Lunatic asylums United Provinces 1899-1908 - 1899-1908
Year: 1899
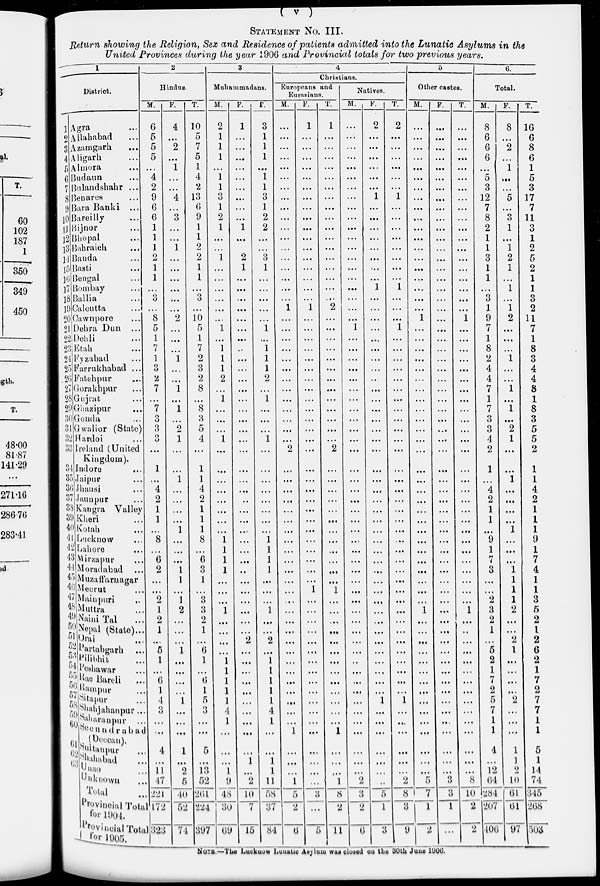
( v )
STATEMENT NO. III.
Return showing the Religion, Sex and Residence of patients admitted into the Lunatic Asylums in the
United Provinces during the year 1906 and Provincial totals for two previous years.
1
District.
1
2
3
4
5
6
7
8
9
10
11
12
13
14
15
16
17
18
19
20
21
22
23
24
25
26
27
28
29
30
31
32
33
34
35
36
37
38
39
40
41
42
43
44
45
46
47
48
49
50
51
52
53
54
55
56
57
58
59 60
61
62
63
Agra ...
Allahabad ...
Azamgarh
...
Aligarh ...
Almora ...
Budaun ...
Bulandshahr ...
Benares ...
Bara Banki ...
Bareilly ...
Bijnor ...
Bhopal ...
Bahraich ...
Banda ...
Basti ...
Bengal ...
Bombay
...
Ballia ...
Calcutta
...
Cawnpore ...
Dehra Dun ...
Dehli ...
Etah ...
Fyzabad ...
Farrukhabad ...
Fatehpur ...
Gorakhpur ...
Gujrat ...
Ghazipur ...
Gonda ...
Gwalior (State)
Hardoi ...
Ireland (United
Kingdom).
Indore ...
Jaipur ...
Jhansi ...
Jaunpur ...
Kangra Valley
Kheri ...
Kotah ...
Lucknow ...
Lahore ...
Mirzapur ...
Moradabad
...
Muzaffarnagar
Meerut ...
Mainpuri ...
Muttra ...
Naini Tal ...
Nepal (State) ...
Orai ...
Partabgarh
...
Pilibhit ...
Peshawar ...
Rae Bareli ...
Rampur ...
Sitapur ...
Shahjahanpur
...
Saharanpur
...
Secundrabad
(Deccan).
Sultanpur ...
Shahabad ...
Unao ...
Unknown ...
Total ...
Provincial Total
for 1904.
Provincial Total
for 1905.
2
Hindus.
M.
6
5
5
5
...
4
2
9
6
6
1
1
1
2
1
1
...
3
...
8
5
1
7
1
3
2
7
...
7
3
3
3
...
1
...
4
2
1
1
...
8
...
6
2
...
...
2
1
2
1
...
5
1
...
6
1
4
3
...
...
4
...
11
47
221
172
323
F.
4
...
2
...
1
...
...
4
...
3
...
...
1
...
...
...
...
...
...
2
...
...
...
1
...
...
1
...
1
...
2
1
...
...
1
...
...
...
...
1
...
...
...
1
1
...
1
2
...
...
...
1
...
...
...
...
1
...
...
...
1
...
2
5
40
52
74
T.
10
5
7
5
1
4
2
13
6
9
1
1
2
2
1
1
...
3
...
10
5
1
7
2
3
2
8
...
8
3
5
4
...
1
1
4
2
1
1
1
8
...
6
3
1
...
3
3
2
1
...
6
1
...
6
1
5
3
...
...
5
...
13
52
261
224
397
3
Muhammadans.
M.
2
1
1
1
...
1
1
3
1
2
1
...
...
1
...
...
...
...
...
...
1
...
1
1
1
2
...
1
...
...
...
1
...
...
...
...
...
...
...
...
1
1
1
1
...
...
...
1
...
...
...
...
1
1
1
1
1
4
1
...
...
...
1
9
48
30
69
F.
1
...
...
...
...
...
...
...
...
...
1
...
...
2
1
...
...
...
...
...
...
...
...
...
...
...
...
...
...
...
...
...
...
...
...
...
...
...
...
...
...
...
...
..
...
...
...
...
...
...
2
...
...
...
...
...
...
...
...
...
...
1
...
2
10
7
15
T.
3
1
1
1
...
1
1
3
1
2
2
...
...
3
1
...
...
...
...
...
1
...
1
1
1
2
...
1
...
...
...
1
...
...
...
...
...
...
...
...
1
1
1
1
...
...
1
...
...
2
...
1
1
1
1
1
4
1
...
...
1
1
11
58
37
84
4
Christians.
Europeans and
Eurasians.
M.
...
...
...
...
...
...
...
...
...
...
...
...
...
...
...
...
...
...
1
...
...
...
...
...
...
...
...
...
...
...
...
...
2
...
...
...
...
...
...
...
...
...
...
...
...
...
...
...
...
...
...
...
...
...
...
...
...
...
...
1
...
...
...
1
5
2
6
F.
1
...
...
...
...
...
...
...
...
...
...
...
...
...
...
...
...
...
1
...
...
...
...
...
...
...
...
...
...
...
...
...
...
...
...
...
...
...
...
...
...
...
...
...
...
1
...
...
...
...
...
...
...
...
...
...
...
...
...
...
...
...
...
...
3
...
5
T.
1
...
...
...
...
...
...
...
...
...
...
...
...
...
...
...
...
...
2
...
...
...
...
...
...
...
...
...
...
...
...
...
2
...
...
...
...
...
...
...
...
...
...
...
...
1
...
...
...
...
...
...
...
...
...
...
...
...
...
1
...
...
...
1
8
2
11
Natives.
M.
...
...
...
...
...
...
...
...
...
...
...
...
...
...
...
...
...
...
...
...
1
...
...
...
...
...
...
...
...
...
...
...
...
...
...
...
...
...
...
...
...
...
...
...
...
...
...
...
...
...
...
...
...
...
...
...
...
...
...
...
...
...
...
2
3
2
6
F.
2
...
...
...
...
...
...
1
...
...
...
...
...
...
...
...
1
...
...
...
...
...
...
...
...
...
...
...
...
...
...
...
...
...
...
...
...
...
...
...
...
...
...
...
...
...
...
...
...
...
...
...
...
...
...
...
1
...
...
...
...
...
...
...
5
1
3
T.
2
...
...
...
...
...
...
1
...
...
...
...
...
...
...
...
1
...
...
...
1
...
...
...
...
...
...
...
...
...
...
...
...
...
...
...
...
...
...
...
...
...
...
...
...
...
...
...
...
...
...
...
...
...
...
...
1
...
...
...
...
...
...
2
8
3
9
5
Other castes.
M.
...
...
...
...
...
...
...
...
...
...
...
...
...
...
...
...
...
...
...
1
...
...
...
...
...
...
...
...
...
...
...
...
...
...
...
...
...
...
...
...
...
...
...
...
...
...
...
1
...
...
...
...
...
...
...
...
...
...
...
...
...
...
...
5
7
1
2
F.
...
...
...
...
...
...
...
...
...
...
...
...
...
...
...
...
...
...
...
...
...
...
...
...
...
...
...
...
...
...
...
...
...
...
...
...
...
...
...
...
...
...
...
...
...
...
...
...
...
...
...
...
...
...
...
...
...
...
...
...
...
...
...
3
3
1
...
T.
...
...
...
...
...
...
...
...
...
...
...
...
...
...
...
...
...
...
...
1
...
...
...
...
...
...
...
...
...
...
...
...
...
...
...
...
...
...
...
...
...
...
...
...
...
...
...
1
...
...
...
...
...
...
...
...
...
...
...
...
...
...
8
10
2
2
6.
Total.
M.
8
6
6
6
...
5
3
12
7
8
2
1
1
3
1
1
...
3
1
9
7
1
8
2
4
4
7
1
7
3
3
4
2
1
...
4
2
1
1
...
9
1
7
3
...
...
2
3
2
1
...
5
2
1
7
2
5
7
1
1
4
...
12
64
284
207
406
F.
8
...
2
...
1
...
...
5
...
3
1
...
1
2
1
...
1
...
1
2
...
...
...
1
...
...
1
...
1
...
2
1
...
...
1
...
...
...
...
1
...
...
...
1
1
1
1
2
...
...
2
1
...
...
...
...
2
...
...
...
1
1
2
10
61
61
97
T.
16
6
8
6
1
5
3
17
7
11
3
1
2
5
2
1
1
3
2
11
7
1
8
3
4
4
8
1
8
3
5
5
2
1
1
4
2
1
1
1
9
1
7
4
1
1
3
5
2
1
2
6
2
1
7
2
7
7
1
1
5
1
14
74
345
268
503
NOTE.—The Lucknow Lunatic Asylum was closed on the 30th June 1906.